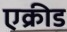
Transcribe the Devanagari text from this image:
एक्रीड